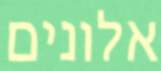
אלונים